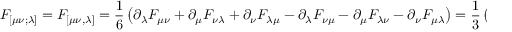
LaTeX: F _ { [ \mu \nu ; \lambda ] } = F _ { [ \mu \nu , \lambda ] } = { \frac { 1 } { 6 } } \left( \partial _ { \lambda } F _ { \mu \nu } + \partial _ { \mu } F _ { \nu \lambda } + \partial _ { \nu } F _ { \lambda \mu } - \partial _ { \lambda } F _ { \nu \mu } - \partial _ { \mu } F _ { \lambda \nu } - \partial _ { \nu } F _ { \mu \lambda } \right) = { \frac { 1 } { 3 } } \left( \partial _ { \lambda } F _ { \mu \nu } + \partial _ { \mu } F _ { \nu \lambda } + \partial _ { \nu } F _ { \lambda \mu } \right) = 0 ,